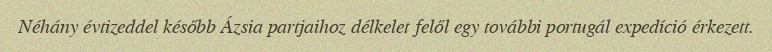
Néhány évtizeddel később Ázsia partjaihoz délkelet felől egy további portugál expedíció érkezett.